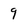
Character: 9